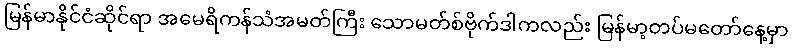
မြန်မာနိုင်ငံဆိုင်ရာ အမေရိကန်သံအမတ်ကြီး သောမတ်စ်ဗိုက်ဒါကလည်း မြန်မာ့တပ်မတော်နေ့မှာ